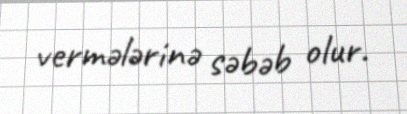
vermələrinə səbəb olur.